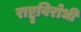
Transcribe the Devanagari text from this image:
राष्टृविरोधी